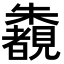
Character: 𣠶